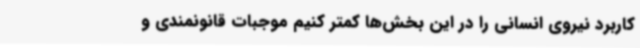
کاربرد نیروی انسانی را در این بخش‌ها کمتر کنیم موجبات قانونمندی و